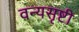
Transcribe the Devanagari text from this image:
वन्यसृष्टी